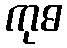
ကုဓ